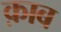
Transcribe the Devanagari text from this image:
क़ाब